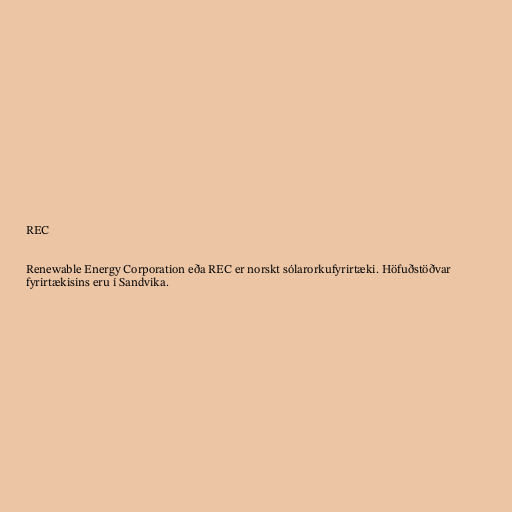
REC

Renewable Energy Corporation eða REC er norskt sólarorkufyrirtæki. Höfuðstöðvar
fyrirtækisins eru í Sandvika.